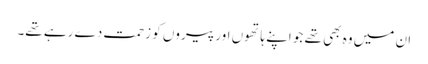
ان میں وہ بھی تھے جو اپنے ہاتھوں اور پیروں کو زحمت دے رہے تھے۔